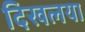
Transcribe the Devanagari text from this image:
दिखलया